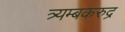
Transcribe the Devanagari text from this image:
त्र्यम्बकरुद्र